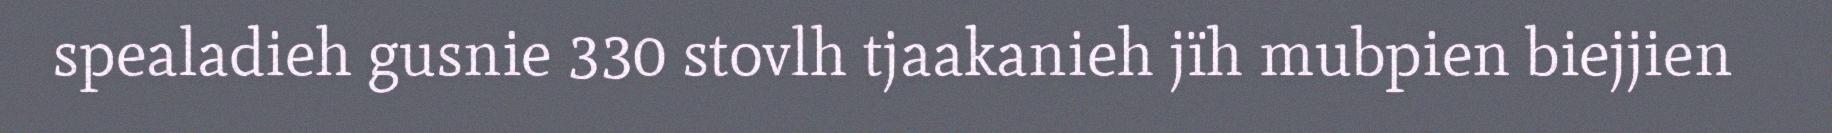
spealadieh gusnie 330 stovlh tjaakanieh jïh mubpien biejjien